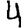
Digit: 4